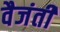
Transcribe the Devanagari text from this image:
वैजंती